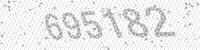
Solution: 695182